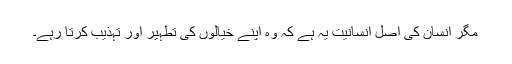
مگر انسان کی اصل انسانیت یہ ہے کہ وہ اپنے خیالوں کی تطہیر اور تہذیب کرتا رہے۔